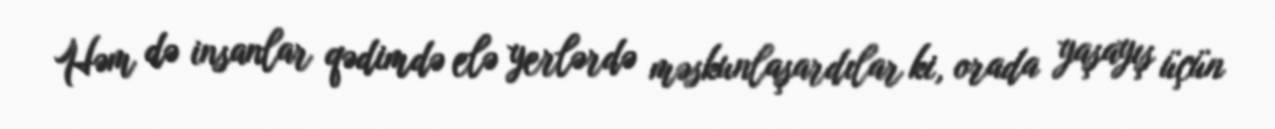
Həm də insanlar qədimdə elə yerlərdə məskunlaşardılar ki, orada yaşayış üçün